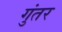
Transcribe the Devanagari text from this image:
गुंतर